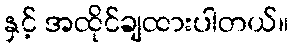
နှင့် အထိုင်ချထားပါတယ်။